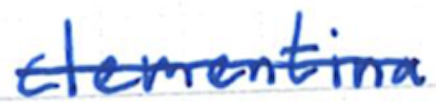
Text: clementina
Cross-out: single-line
Writing tool: ballpoint